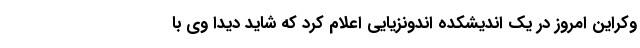
وکراین امروز در یک اندیشکده اندونزیایی اعلام کرد که شاید دیدا وی با